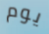
يوم